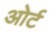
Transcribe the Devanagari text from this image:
ओर्ट